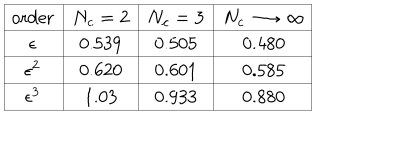
\begin{array} { | c | c | c | c | } \hline { { \mathrm { o r d e r } } } & { { N _ { c } = 2 } } & { { N _ { c } = 3 } } & { { N _ { c } \longrightarrow \infty } } \\ \hline { { \epsilon } } & { { 0 . 5 3 9 } } & { { 0 . 5 0 5 } } & { { 0 . 4 8 0 } } \\ \hline { { \epsilon ^ { 2 } } } & { { 0 . 6 2 0 } } & { { 0 . 6 0 1 } } & { { 0 . 5 8 5 } } \\ \hline { { \epsilon ^ { 3 } } } & { { 1 . 0 3 } } & { { 0 . 9 3 3 } } & { { 0 . 8 8 0 } } \\ \hline { { } } \\ \end{array}